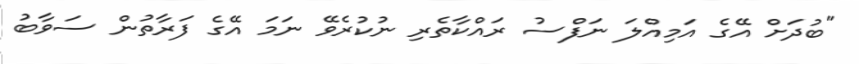
"ބުދަށް އޭގެ އަމިއްލަ ނަފްސު ރައްކާތެރި ނުކުރެވޭ ނަމަ އޭގެ ފަރާތުން ސަވާބު